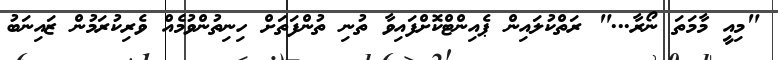
"މިއީ މާމަތަ ނޯރާ..." ރަތްކުލައިން ޕެއިންޓްކޮށްފައިވާ ތުނި ތުންފަތަށް ހިނިތުންވުމެއް ވެރިކުރަމުން ޒައިނަބު